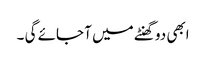
ابھی دو گھنٹے میں آ جائے گی ۔